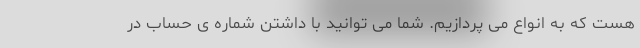
هست که به انواع می پردازیم. شما می توانید با داشتن شماره ی حساب در